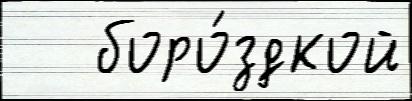
   боро́здкой